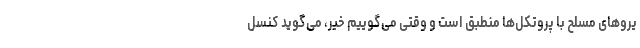
یروهای مسلح با پروتکل‌ها منطبق است و وقتی می‌گوییم خیر، می‌گوید کنسل